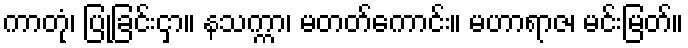
ကာတုံ၊ ပြုခြင်းငှာ။ နသက္ကာ၊ မတတ်ကောင်း။ မဟာရာဇ၊ မင်းမြတ်။